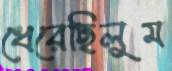
ধেরেছিলুম